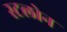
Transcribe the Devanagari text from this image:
स्टलोन